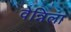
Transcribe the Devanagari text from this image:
वेन्निला